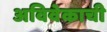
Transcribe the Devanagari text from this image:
अविवेकाची